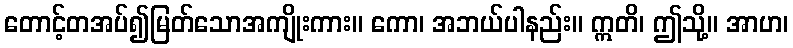
တောင့်တအပ်၍မြတ်သောအကျိုးကား။ ကော၊ အဘယ်ပါနည်း။ ဣတိ၊ ဤသို့။ အာဟ၊